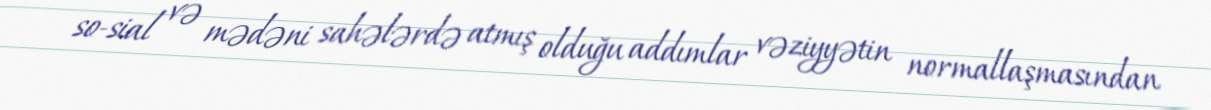
so­sial və mədəni sahələrdə atmış olduğu addımlar vəziyyətin normallaşmasından